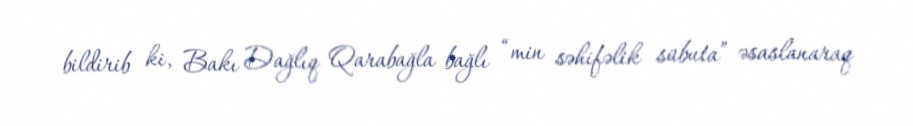
bildirib ki, Bakı Dağlıq Qarabağla bağlı “min səhifəlik sübuta” əsaslanaraq